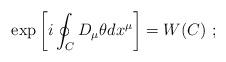
LaTeX: \begin{align*}\exp\left[i\oint_C D_\mu\theta dx^\mu\right]= W(C)~;\end{align*}